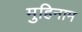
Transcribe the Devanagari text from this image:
मुहिनाम